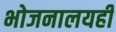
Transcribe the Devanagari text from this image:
भोजनालयही